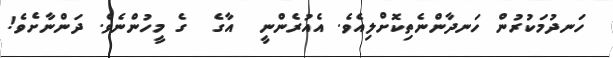
ހަނދުމަކުރުން ހަނދާންނެތިކޮށްލިއެވެ. އެއުރެންނީ  އާގެ  ގެ މީހުންނެވެ. ދަންނާށެވެ!